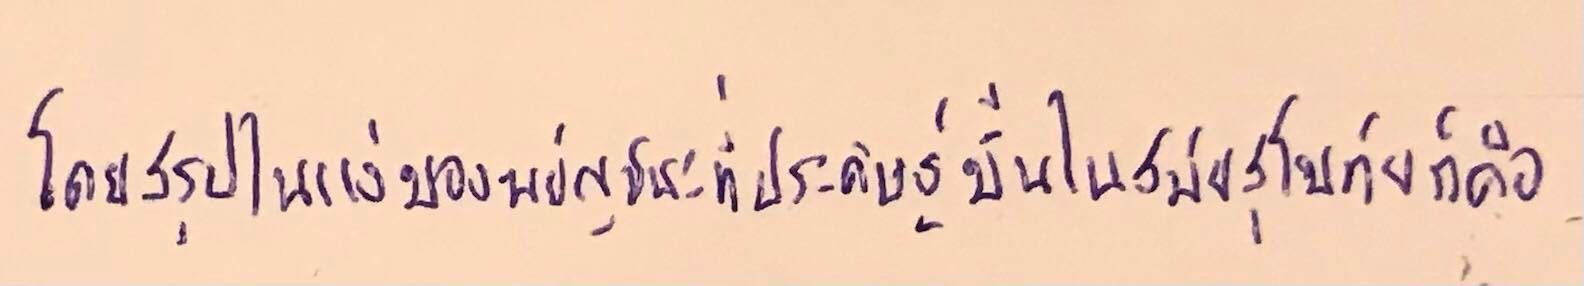
โดยสรุปในแง่ของพยัญชนะที่ประดิษฐ์ขึ้นในสมัยสุโขทัยก็คือ